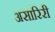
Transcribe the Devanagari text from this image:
असारिरी